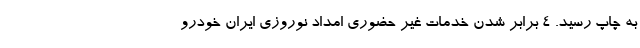
به چاپ رسید. ۴ برابر شدن خدمات غیر حضوری امداد نوروزی ایران خودرو